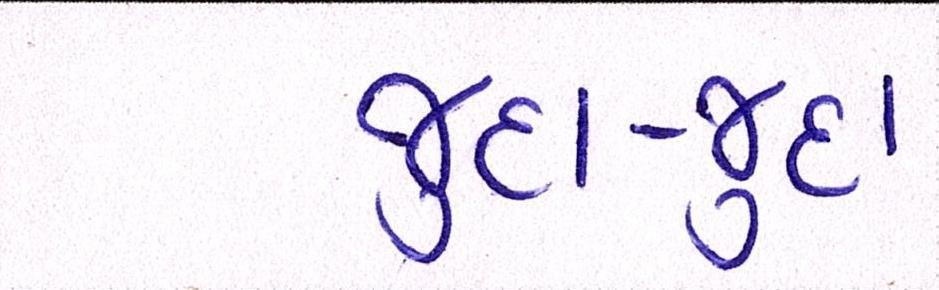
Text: જુદા-જુદા